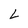
Character: L